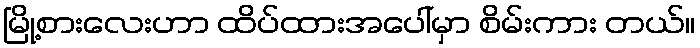
မြို့စားလေးဟာ ထိပ်ထားအပေါ်မှာ စိမ်းကား တယ်။